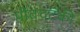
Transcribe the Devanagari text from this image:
पीतचटकी